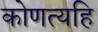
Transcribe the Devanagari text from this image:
कोणत्यहि